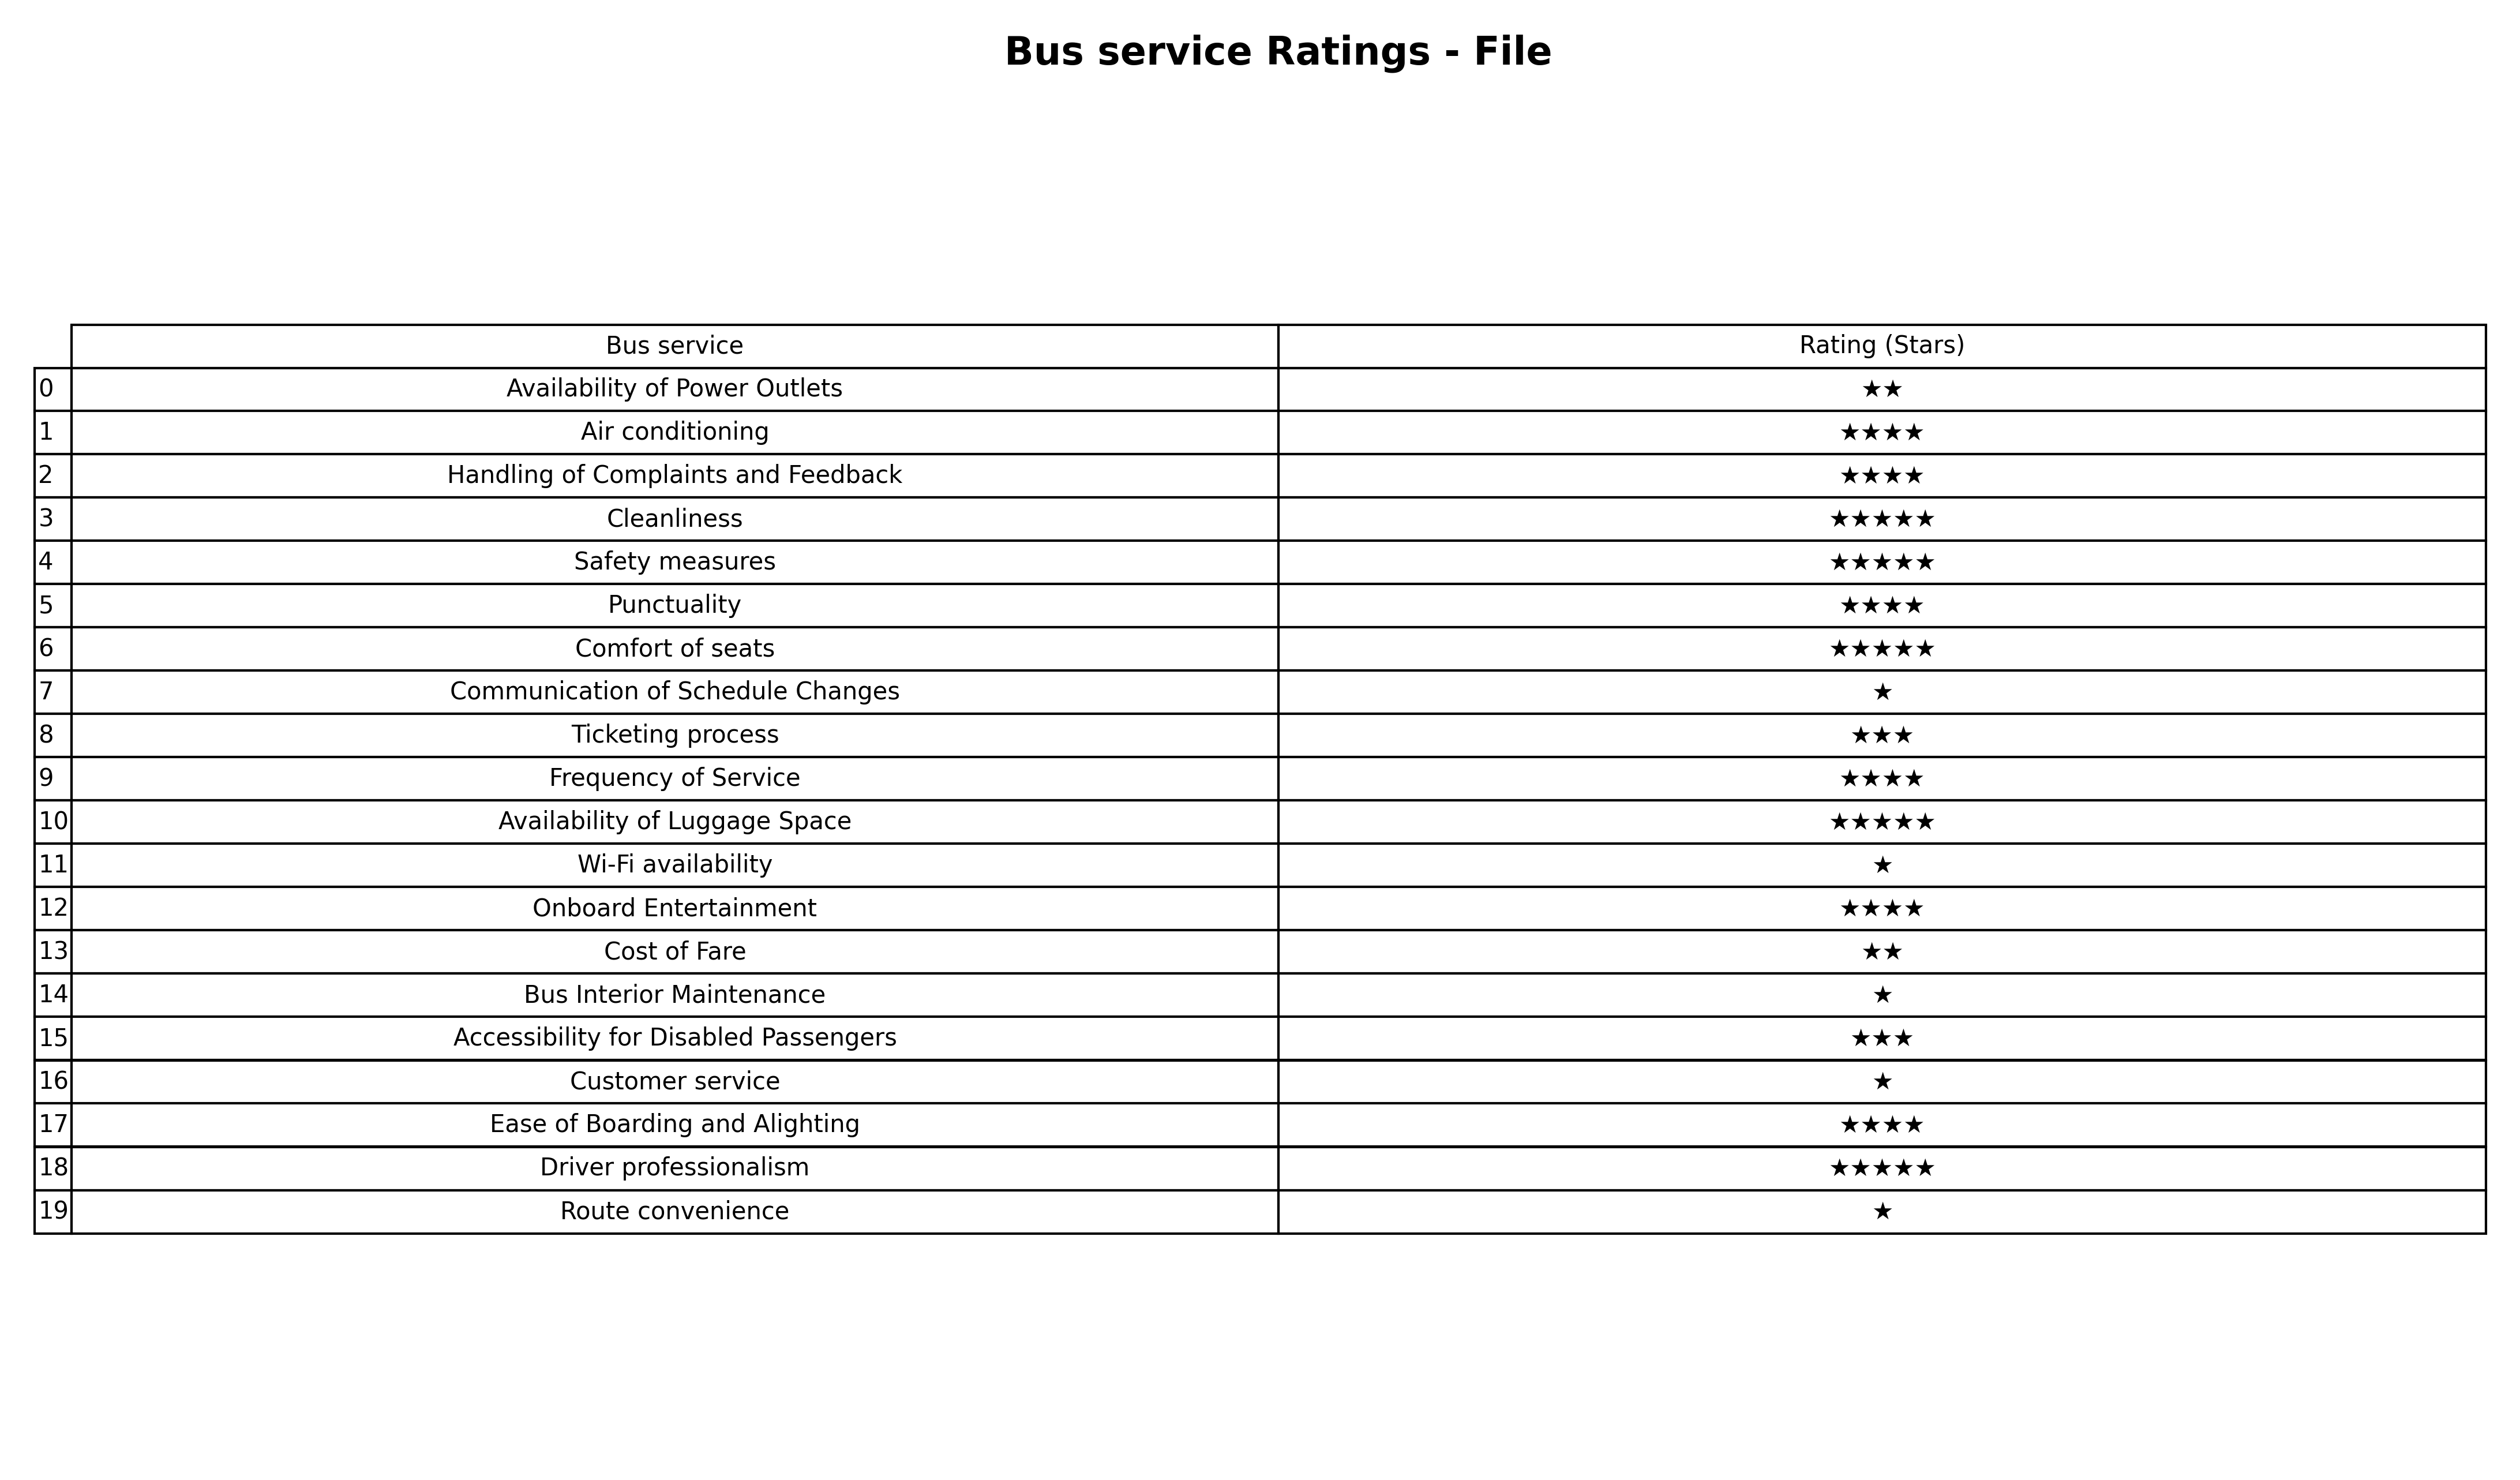
question: What is the rating of Handling of Complaints and Feedback?
answer: ★★★★